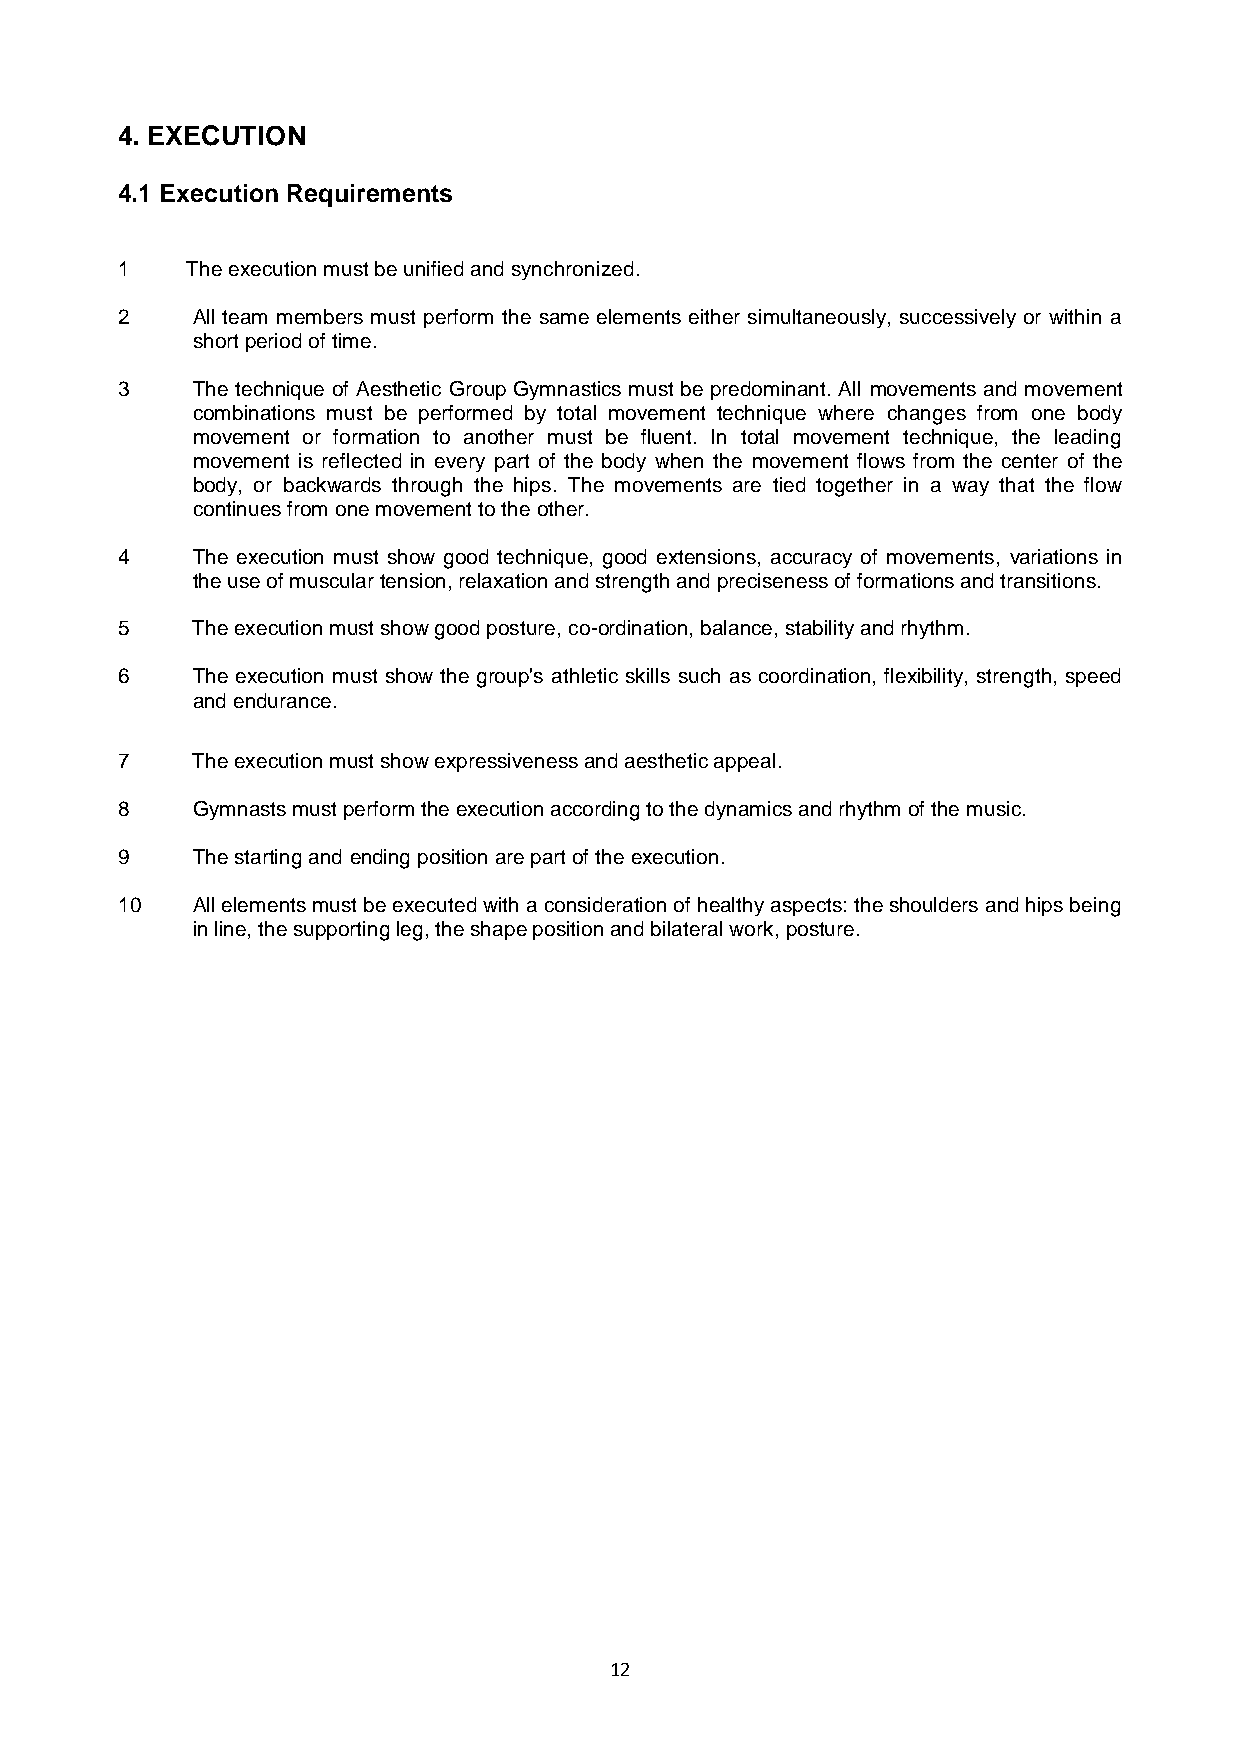
4. EXECUTION
 4.1 Execution Requirements
 1   The execution must be unified and synchronized.
 2    All team members must perform the same elements either simultaneously, successively or within a
 short period of time.
 3    The technique of Aesthetic Group Gymnastics must be predominant. All movements and movement
 combinations must be performed by total movement technique where changes from one body
 movement or formation to another must be fluent. In total movement technique, the leading
 movement is reflected in every part of the body when the movement flows from the center of the
 body, or backwards through the hips. The movements are tied together in a way that the flow
 continues from one movement to the other.
 4    The execution must show good technique, good extensions, accuracy of movements, variations in
 the use of muscular tension, relaxation and strength and preciseness of formations and transitions.
 5    The execution must show good posture, co-ordination, balance, stability and rhythm.
 6    The execution must show the group's athletic skills such as coordination, flexibility, strength, speed
 and endurance.
 7    The execution must show expressiveness and aesthetic appeal.
 8    Gymnasts must perform the execution according to the dynamics and rhythm of the music.
 9    The starting and ending position are part of the execution.
 10   All elements must be executed with a consideration of healthy aspects: the shoulders and hips being
 in line, the supporting leg, the shape position and bilateral work, posture.
 12